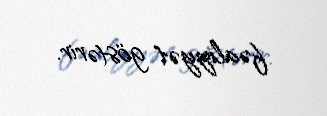
fəaliyyət göstərir.